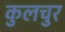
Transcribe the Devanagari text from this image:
कुलचुर